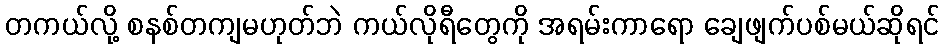
တကယ်လို့ စနစ်တကျမဟုတ်ဘဲ ကယ်လိုရီတွေကို အရမ်းကာရော ချေဖျက်ပစ်မယ်ဆိုရင်